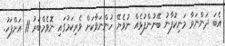
އެބަ ދަންނަވާ މަނިކުފާނު ބޭނުންފުޅެއް ނުވެޔޭ ހުންނަވާކަށް ވެރިކަމުގައި ނޮވެމްބަރު 11 އަށްފަހު.